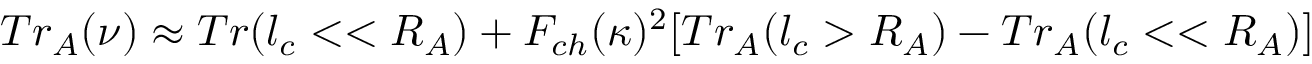
T r _ { A } ( \nu ) \approx T r ( l _ { c } < < R _ { A } ) + F _ { c h } ( \kappa ) ^ { 2 } [ T r _ { A } ( l _ { c } > R _ { A } ) - T r _ { A } ( l _ { c } < < R _ { A } ) ]